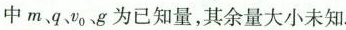
中m.q、v_{0}g为已知量，其余量大小未知。